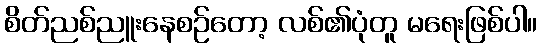
စိတ်ညစ်ညူးနေစဉ်တော့ လစ်၏ပုံတူ မရေးဖြစ်ပါ။